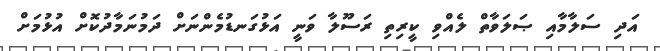
އަދި ސަލާމާއި ޞަލަވާތް ލެއްވި ކީރިތި ރަސޫލާ ވަނީ އަޅުގަނޑުމެންނަށް ދަމުނަމާދުކޮށް އުޅުމަށް